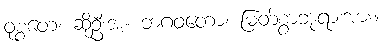
ဝုစ္စတေ၊ ဆိုဦးအံ့။ ဘဂဝတော၊ မြတ်စွာဘုရားအား။